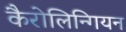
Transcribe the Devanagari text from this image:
कैरोलिन्गियन